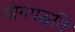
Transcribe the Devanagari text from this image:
योगपद्धति